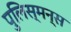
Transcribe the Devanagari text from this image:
पुलिस्मन्स